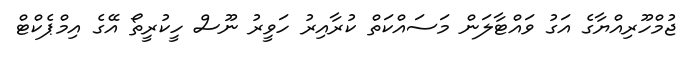
ޖުމްހޫރިއްޔާގެ އަގު ވައްޓާލަން މަސައްކަތް ކުރާއިރު ހަވީރު ނޫސް ހީކުރީތޯ އޭގެ އިމްޕެކްޓް